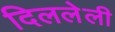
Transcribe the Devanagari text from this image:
दिललेली